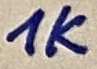
Text: 1K